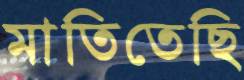
মাতিতেছি